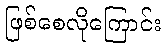
ဖြစ်စေလိုကြောင်း